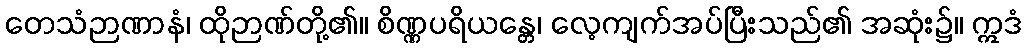
တေသံဉာဏာနံ၊ ထိုဉာဏ်တို့၏။ စိဏ္ဏပရိယန္တေ၊ လေ့ကျက်အပ်ပြီးသည်၏ အဆုံး၌။ ဣဒံ